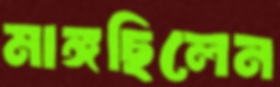
মাঙ্গছিলেন